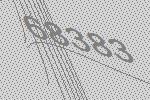
68383